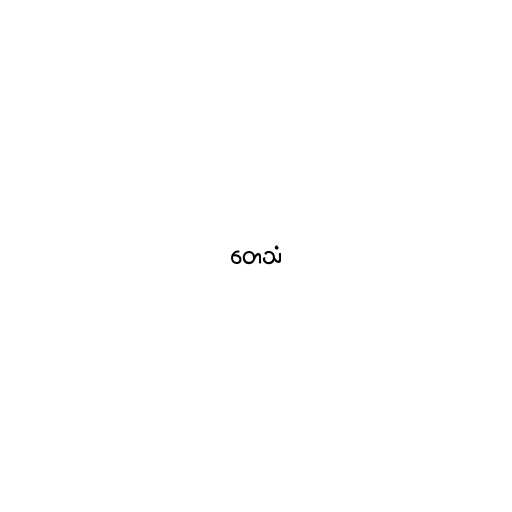
တေသံ